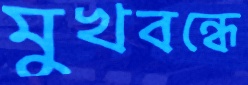
মুখবন্ধে